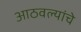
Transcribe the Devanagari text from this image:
आठवल्यांचे